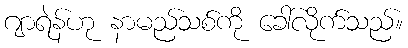
ဂျာရဲန်ဟု နာမည်သစ်ကို ခေါ်လိုက်သည်။